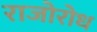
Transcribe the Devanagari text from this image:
राजोरोध